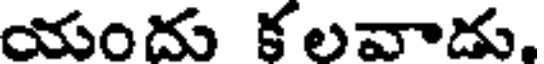
యందు కలవాడు,